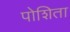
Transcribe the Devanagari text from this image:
पोशिता